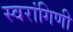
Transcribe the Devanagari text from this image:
स्वरांगिणी